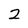
Character: 2